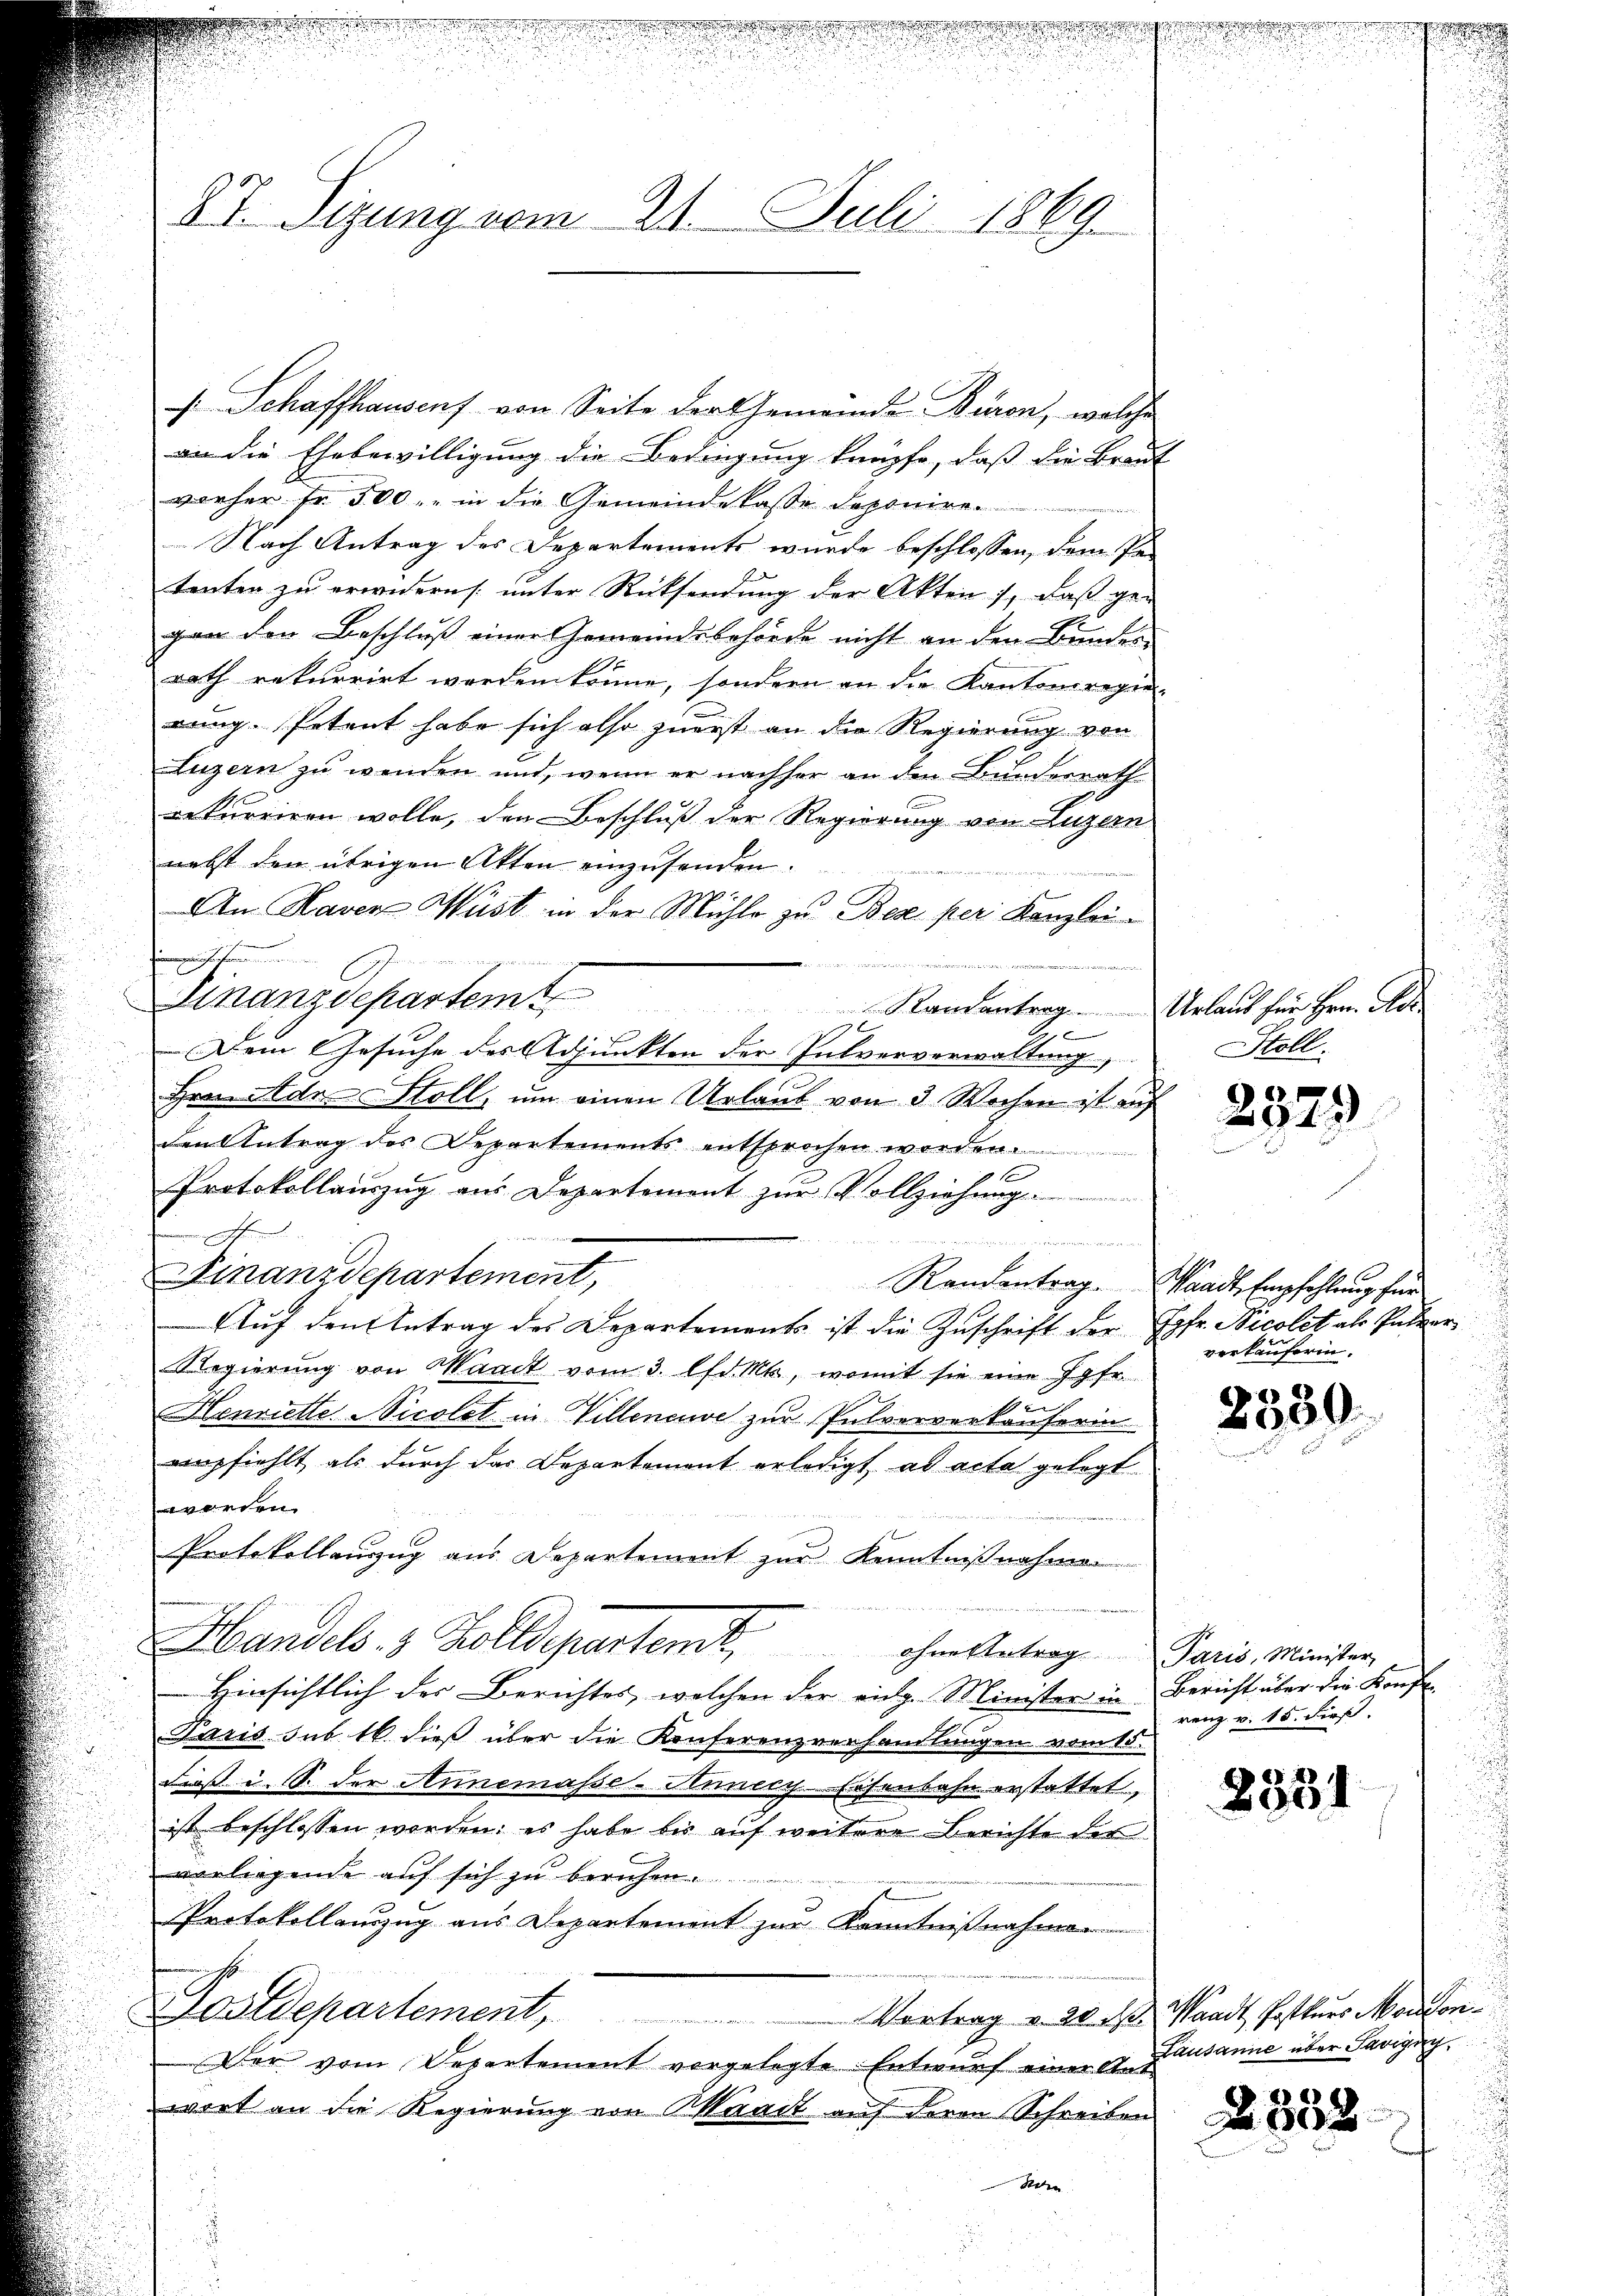
87. Sizung vom 21. Juli 1869

u

f Schaffhausens von Seite der Gemeinde Büren, welche
an die Ehebewilligung die Bedingung knüpfe, daß die Braut
vorher Fr. 500, in die Gemeindekasse deponire
Nach Antrag des Departements wurde beschlossen, dem Pa-
tenten zu erwidern unter Rücksendung der Akten), daß gegan den Beschluß einer Gemeindsbehörde nicht an den Bundes
rath rekurrirt werden könne, sondern an die Kantonsregierang. Petent habe sich also zuerst an die Regierung von
Luzern zu wenden und, wenn er nachher an den Bunderrath
rekurriren wolle, den Beschluß der Regierung von Luzern
nebst den übrigen Akten einzusenden.
b
An Haver Wüst in der Mühle zu Bez per Kanzlei-
E
. Art. 87
Finanzdepartem Randantrag ..  Urlaut für Hrn. Aber
e
Dem Gesuche des Adjunkten der Pulververwaltung,
Hra Adn Stoll, um einen Urlaub von 3 Wochen ist auf
den Antrag des Departements entsprochen
Protokollinzug aus Departement zur Vollziehung
e
nn ich
Finanzdepartement,
Auf den Antrag des Departements ist die Zuschrift der Jgfr. Nicolet als Pulver¬
Regierŭng von Waadt vom 3. lfd. Mts., womit sie eine Jgfr.
Henriette Nicolat in Villeneuve zur Pulververkäuferin
empfiehlt als durch das Departement erledigt ad acta gelegt
worden.
Protokollanzug aus Departement zur Kenntnißnahme
Handels 8 Zolldepartenk, ohnes Antrag. Paris, Minister
Hinsichtlich der Berichtes, welchen der eidg. Minister in Bericht über die Konfe-
Paris sub 16 dieß über die Konferenzverhandlungen vom 15.
dieß u. S. der Annemasse-Hunecy. Eisenbahn erstattet,
ist beschlossen worden: es habe bis auf weitere Berichte des
vorliegende auf sich zu beruhen.
Protokollanzug aus Departement zur Kenntnißnahmen
Postdepartement, Vortrag v. 28. d. Waadt, Postkŭrs Mondon
Der vom Departement vorgelegte Entwurf einer Ant
wort an die Regierung von Waadt auf deren Schreiben
Sen

set weder gegen

u
.

2

.

Stoll.

2379

Randentrag. Waadt, Empfehlung für
verkäuferin.

2330.

renz v. 15. dieß.

2351

Lausanne über Savigny,
2352
u